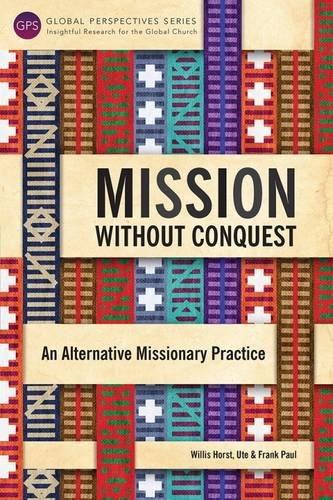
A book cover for Mission Without Conquest (Global Perspectives Series); Horst Willis; Christian Books & Bibles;